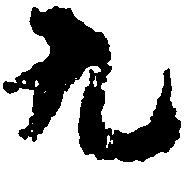
九